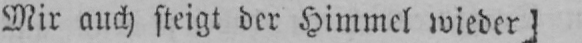
Mir auch steigt der Himmel wieder